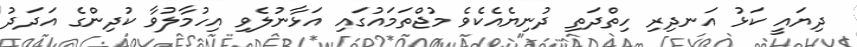
ދިޔައީ ކަޅު އަނދިރި ހިތްދަތި ދުނިޔެއެކެވެ މުޖްތަމައުގައި އަޅާނުލެވި އިހުމާލުވާ ކުދިންގެ އަދަދު